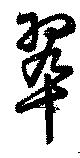
翆